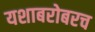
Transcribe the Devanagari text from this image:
यशाबरोबरच